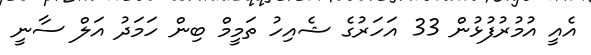
އެއީ އުމުރުފުޅުން 33 އަހަރުގެ ޝެއިހު ތަމީމް ބިން ހަމަދު އަލް ސާނީ